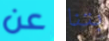
عن بتنا